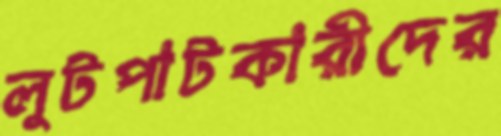
লুটপাটকারীদের